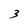
Character: 3